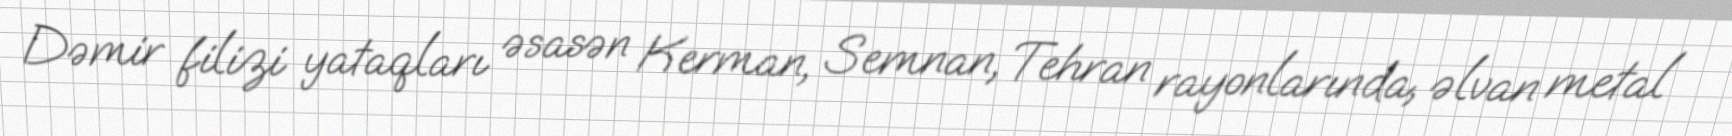
Dəmir filizi yataqları əsasən Kerman, Semnan, Tehran rayonlarında, əlvan metal